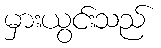
မှားယွင်းသည်